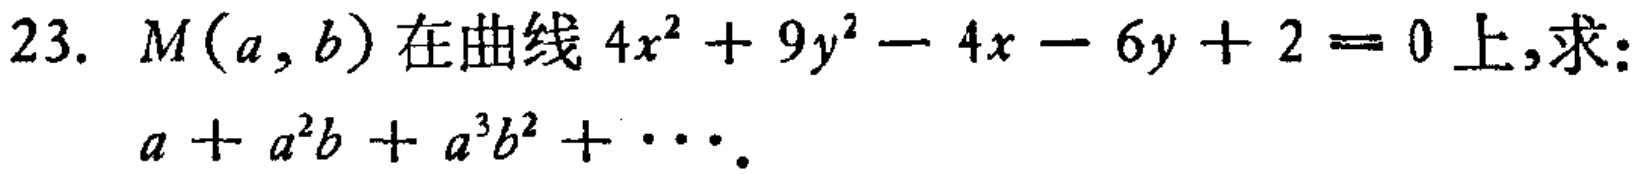
23. \(M(a,b)\)在曲线\(4x^{2}+9y^{2}-4x - 6y + 2 = 0\)上,求：
\(a + a^{2}b + a^{3}b^{2}+\cdots\).